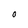
Character: O